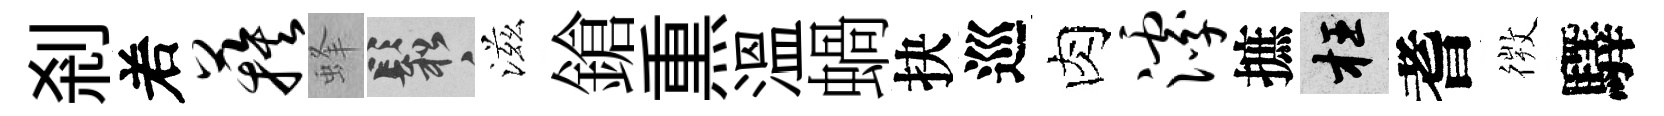
剎𠰥蔟蜂鬆滋鎗𤋱温蝸抉巡肉滹摭枉耆𢕄驛